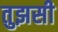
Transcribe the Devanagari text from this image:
तुझसी